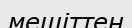
мешіттен